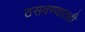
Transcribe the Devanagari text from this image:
ठसवण्यातही